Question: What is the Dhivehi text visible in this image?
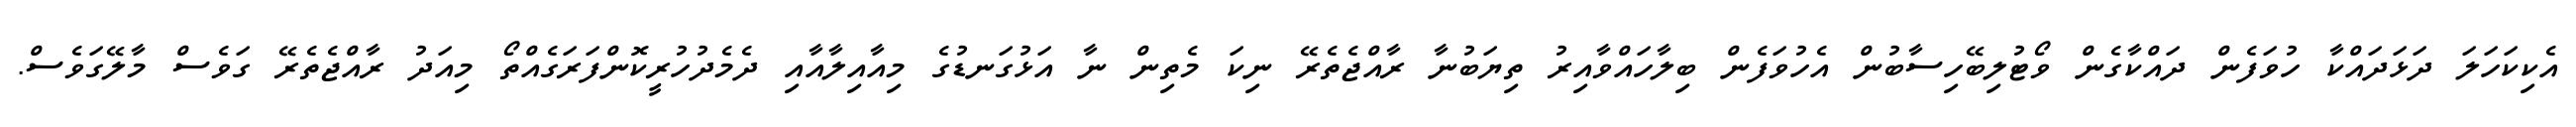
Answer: އެކިކަހަލަ ދަޅަދައްކާ ހުވަފެން ދައްކާގެން ވޯޓުލިބޭހިސާބުން އެހުވަފެން ބިލާހައްވާއިރު ތިޔަބުނާ ރާއްޖެތެރޭ ނިކަ މެތިން ނާ އަޅުގަނޑުގެ މިއާއިލާއާއި ދެމެދުހުރީކޮންފަރަގެއްތޯ މިއަދު ރާއްޖެތެރޭ ގަވެސް މާލޭގަވެސް.